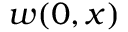
w ( 0 , x )